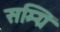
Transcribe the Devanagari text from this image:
सम्ग्रि